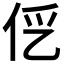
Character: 𰁭